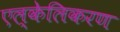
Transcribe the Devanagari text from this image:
एल्केलिकरण